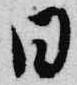
日